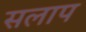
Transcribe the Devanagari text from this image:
सलाप